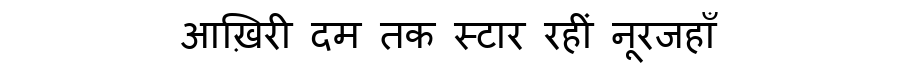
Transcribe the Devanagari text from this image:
आख़िरी दम तक स्टार रहीं नूरजहाँ